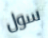
سول